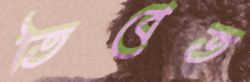
তিবেত